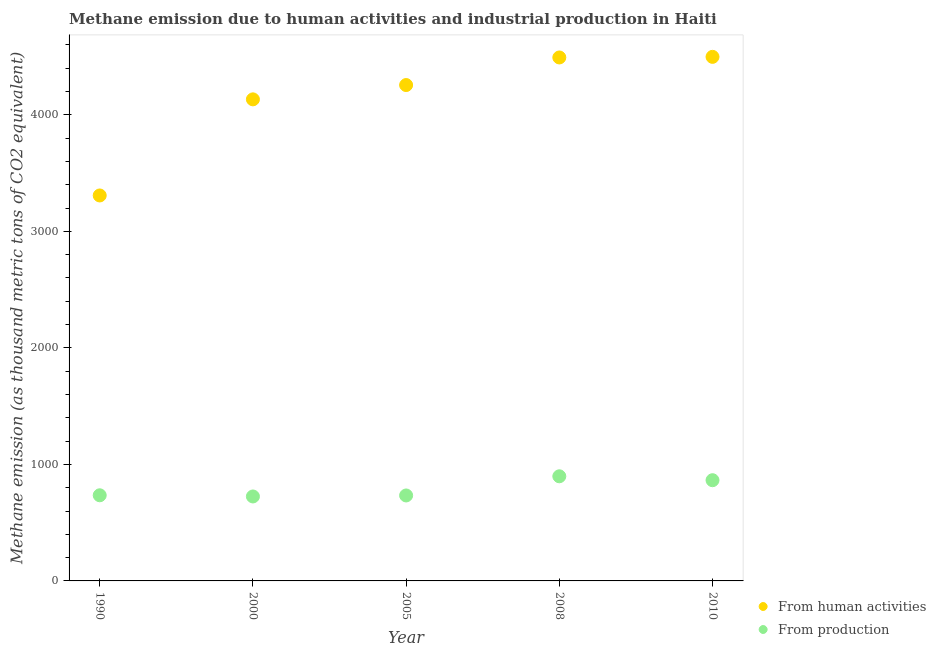
| Year | From human activities | From production |
 | --- | --- | --- |
 | 1990 | 3.31e+03 | 735 |
 | 2000 | 4.13e+03 | 725 |
 | 2005 | 4.26e+03 | 733 |
 | 2008 | 4.49e+03 | 898 |
 | 2010 | 4.5e+03 | 864 |